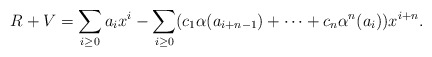
\begin{align*}R + V = \sum_{ i \geq 0} a_i x^i - \sum_{ i \geq 0} (c_1\alpha(a_{i+n-1}) + \dots + c_n\alpha^n(a_i)) x^{i+n}.\end{align*}